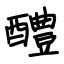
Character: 醴